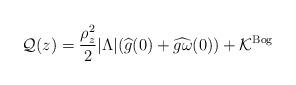
LaTeX: \begin{align*}\mathcal Q(z)=\frac{\rho_z^2}{2} \vert \Lambda \vert (\widehat{g}(0) +\widehat{g\omega}(0))+\mathcal{K}^{\rm{Bog}}\end{align*}